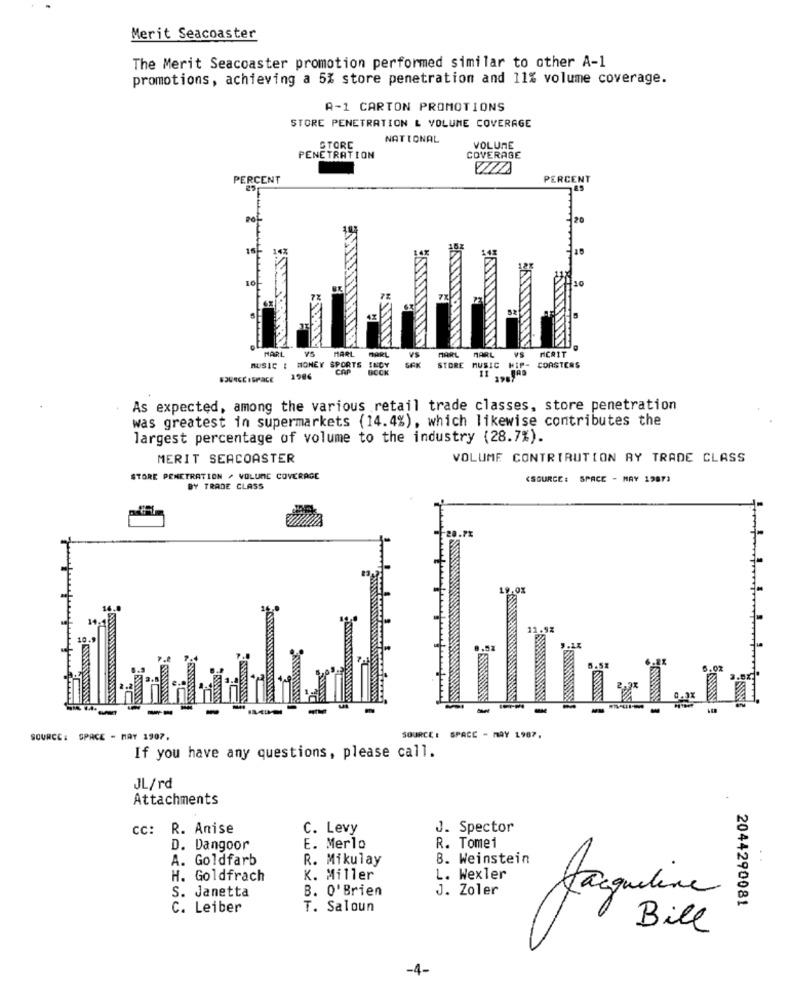
Merit Seacoaster
The Merit Seacoaster promotion performed similar to other A-1
promotions, achieving a 5% store penetration and 11% volume coverage.
A-1 CARTON PROMOTIONS
STORE PENETRATION & VOLUME COVERAGE
NATIONAL
STORE
VOLUME
PENETRATION
COVERAGE
PERCENT
PERCENT
201
HARL
VS
MUSIC : MONEY SPORTS INDY
MARL MARL
SEK
VS
MARL MARL VS MCRIT
CAP
BOCK
STORE MUSIC HIP- COASTERS
1986
As expected, among the various retail trade classes, store penetration
was greatest in supermarkets (14.4%), which likewise contributes the
largest percentage of volume to the industry (28.7%).
MERIT SEACOASTER
VOLUME CONTRIBUTION RY TRADE CLASS
STORE PENETRATION / VOLUME COVERAGE
(SOURCE: SPACE - MAY 1987)
BY TRADE CLASS
SOURCE: SPACE - MAY 1907.
SOURCE : SPACE - MAY 1987.
If you have any questions, please call.
JL/rd
Attachments
cc: R. Anise
C. Levy
J. Spector
D. Dangoor
E. Merlo
R. Tomei
A. Goldfarb
R. Mikulay
8. Weinstein
H. Goldfrach
K. Miller
L. Wexler
S. Janetta
B. O'Brien
J. Zoler
2044290081
C. Leiber
T. Saloun
Bill
-4-